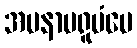
အမနာပရူပံပေ